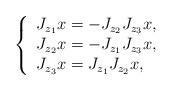
LaTeX: \begin{align*}\left\{\begin{array}{l} J_{z_1}x=-J_{z_2}J_{z_3}x,\\ J_{z_2}x=-J_{z_1}J_{z_3}x ,\\J_{z_3}x=J_{z_1}J_{z_2}x,\end{array}\right.\end{align*}